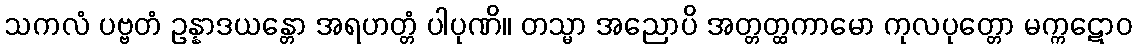
သကလံ ပဗ္ဗတံ ဥန္နာဒယန္တော အရဟတ္တံ ပါပုဏိ။ တသ္မာ အညောပိ အတ္တတ္ထကာမော ကုလပုတ္တော မက္ကဋောဝ